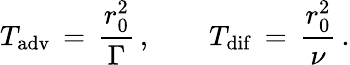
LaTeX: T_{\mathrm{adv}}\, =\, \frac{r_{0}^{2}}{\Gamma}\, ,\qquad T_{\mathrm{dif}}\, =\, \frac{r_{0}^{2}}{\nu}\, .